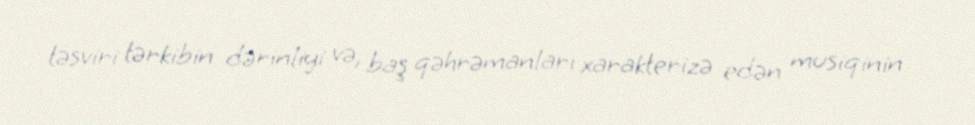
təsviri tərkibin dərinliyi və, baş qəhrəmanları xarakterizə edən musiqinin